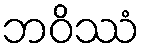
ဘဝိဿံ